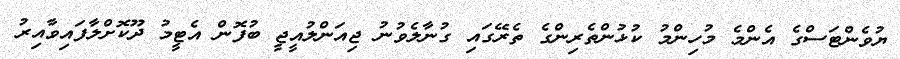
ޔުވެންޓަސްގެ އެންމެ މުހިންމު ކުޅުންތެރިންގެ ތެރޭގަައި ގުނާލެވުނު ޖިއަންލުއީޖީ ބުފޮން އެޓީމު ދޫކޮށްލާފައިވާއިރު